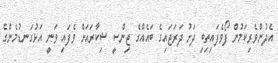
އެދުންވެރިކަމުން ފޯވެފައިތިބި ދަށު ދަރަޖައިގެ ބައެއްގެ ޖިންސީ ޝިކާރައަށް ވެފައި ވަނީ އަޅުގަނޑުމެންގެ